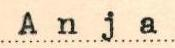
Anja